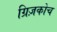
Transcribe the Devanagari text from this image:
ग्रिज़कोच